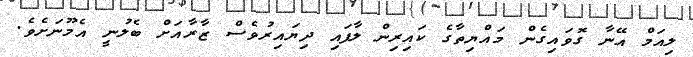
ލިއަމް އޭނާ ގޮވައިގެން މައްޔިތާގެ ކައިރިން ލާފައި ދިޔައިރުވެސް ޒާރާއަށް ބެލުނީ އެމޫނަށެވެ.